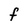
Character: F